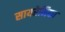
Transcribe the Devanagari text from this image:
सायरेनिका